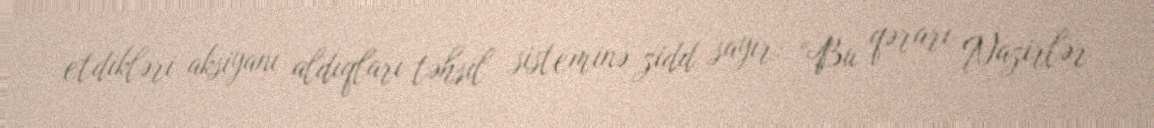
etdikləri aksiyanı aldıqları təhsil sisteminə zidd sayır: “Bu qərarı Nazirlər